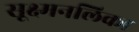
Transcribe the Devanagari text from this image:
सूक्ष्मनलिका